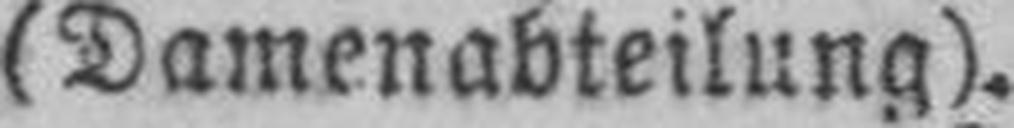
(Damenabteilung).